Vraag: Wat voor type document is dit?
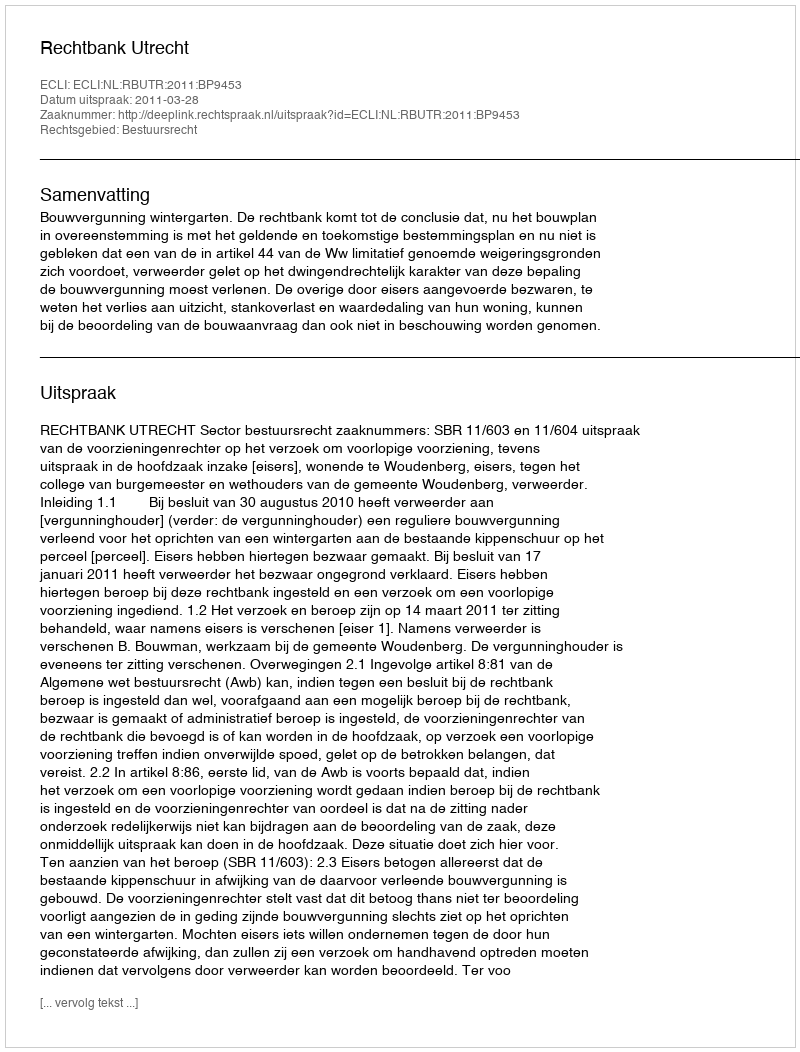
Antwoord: Uitspraak